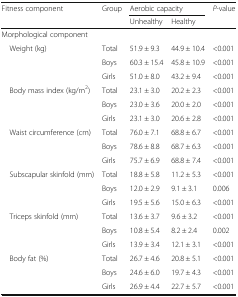
<table><thead><tr><td rowspan="2"><b>Fitness component</b></td><td rowspan="2"><b>Group</b></td><td colspan="2"><b>Aerobic capacity</b></td><td rowspan="2"><b><i>P-</i>value</b></td></tr><tr><td><b>Unhealthy</b></td><td><b>Healthy</b></td></tr></thead><tbody><tr><td colspan="5">Morphological component</td></tr><tr><td rowspan="3"> Weight (kg)</td><td>Total</td><td>51.9 ± 9.3</td><td>44.9 ± 10.4</td><td>&lt;0.001</td></tr><tr><td>Boys</td><td>60.3 ± 15.4</td><td>45.8 ± 10.9</td><td>&lt;0.001</td></tr><tr><td>Girls</td><td>51.0 ± 8.0</td><td>43.2 ± 9.4</td><td>&lt;0.001</td></tr><tr><td rowspan="3"> Body mass index (kg/m<sup>2</sup>)</td><td>Total</td><td>23.1 ± 3.0</td><td>20.2 ± 2.3</td><td>&lt;0.001</td></tr><tr><td>Boys</td><td>23.0 ± 3.6</td><td>20.0 ± 2.0</td><td>&lt;0.001</td></tr><tr><td>Girls</td><td>23.1 ± 3.0</td><td>20.6 ± 2.8</td><td>&lt;0.001</td></tr><tr><td rowspan="3"> Waist circumference (cm)</td><td>Total</td><td>76.0 ± 7.1</td><td>68.8 ± 6.7</td><td>&lt;0.001</td></tr><tr><td>Boys</td><td>78.6 ± 8.8</td><td>68.7 ± 6.3</td><td>&lt;0.001</td></tr><tr><td>Girls</td><td>75.7 ± 6.9</td><td>68.8 ± 7.4</td><td>&lt;0.001</td></tr><tr><td rowspan="3"> Subscapular skinfold (mm)</td><td>Total</td><td>18.8 ± 5.8</td><td>11.2 ± 5.3</td><td>&lt;0.001</td></tr><tr><td>Boys</td><td>12.0 ± 2.9</td><td>9.1 ± 3.1</td><td>0.006</td></tr><tr><td>Girls</td><td>19.5 ± 5.6</td><td>15.0 ± 6.3</td><td>&lt;0.001</td></tr><tr><td rowspan="3"> Triceps skinfold (mm)</td><td>Total</td><td>13.6 ± 3.7</td><td>9.6 ± 3.2</td><td>&lt;0.001</td></tr><tr><td>Boys</td><td>10.8 ± 5.4</td><td>8.2 ± 2.4</td><td>0.002</td></tr><tr><td>Girls</td><td>13.9 ± 3.4</td><td>12.1 ± 3.1</td><td>&lt;0.001</td></tr><tr><td rowspan="3"> Body fat (%)</td><td>Total</td><td>26.7 ± 4.6</td><td>20.8 ± 5.1</td><td>&lt;0.001</td></tr><tr><td>Boys</td><td>24.6 ± 6.0</td><td>19.7 ± 4.3</td><td>&lt;0.001</td></tr><tr><td>Girls</td><td>26.9 ± 4.4</td><td>22.7 ± 5.7</td><td>&lt;0.001</td></tr></tbody></table>